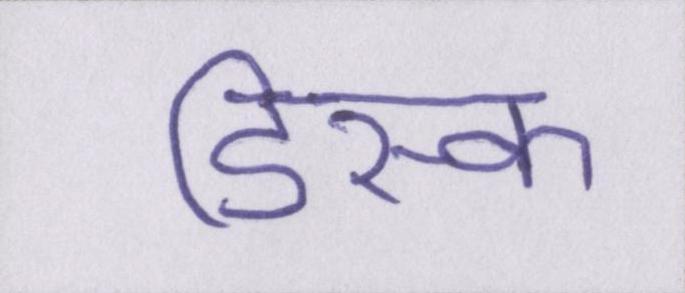
डिस्क